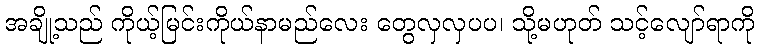
အချို့သည် ကိုယ့်မြင်းကိုယ်နာမည်လေး တွေလှလှပပ၊ သို့မဟုတ် သင့်လျော်ရာကို